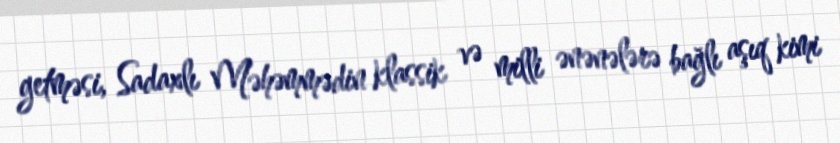
getməsi, Sadaxlı Məhəmmədin klassik və milli ənənələrə bağlı aşıq kimi